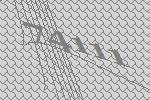
74111